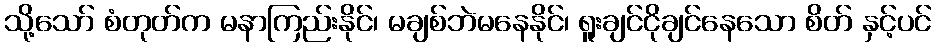
သို့သော် စံတုတ်က မနာကြည်းနိုင်၊ မချစ်ဘဲမနေနိုင်၊ ရူးချင်ငိုချင်နေသော စိတ် နှင့်ပင်